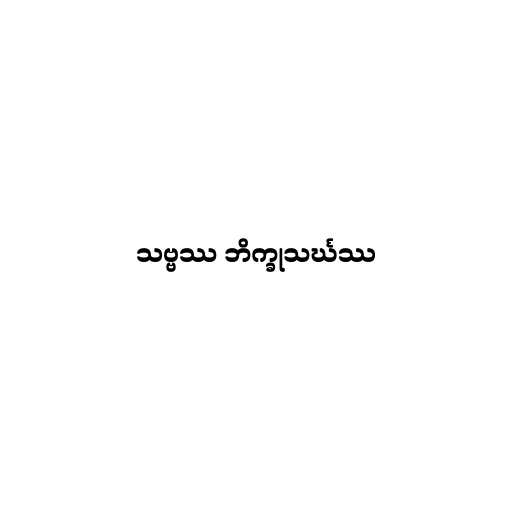
သဗ္ဗဿ ဘိက္ခုသင်္ဃဿ